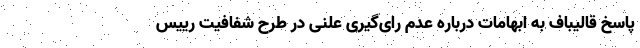
پاسخ قالیباف به ابهامات درباره عدم رای‌گیری علنی در طرح شفافیت رییس